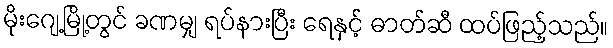
မိုးဂျေ့မြို့တွင် ခဏမျှ ရပ်နားပြီး ရေနှင့် ဓာတ်ဆီ ထပ်ဖြည့်သည်။